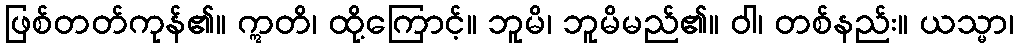
ဖြစ်တတ်ကုန်၏။ ဣတိ၊ ထို့ကြောင့်။ ဘူမိ၊ ဘူမိမည်၏။ ဝါ၊ တစ်နည်း။ ယသ္မာ၊